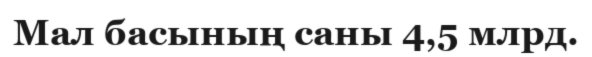
Мал басының саны 4,5 млрд.